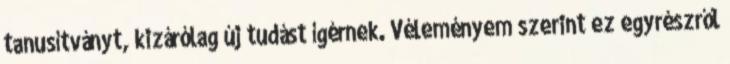
tanusítványt, kizárólag új tudást ígérnek. Véleményem szerint ez egyrészről